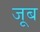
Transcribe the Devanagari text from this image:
जूब